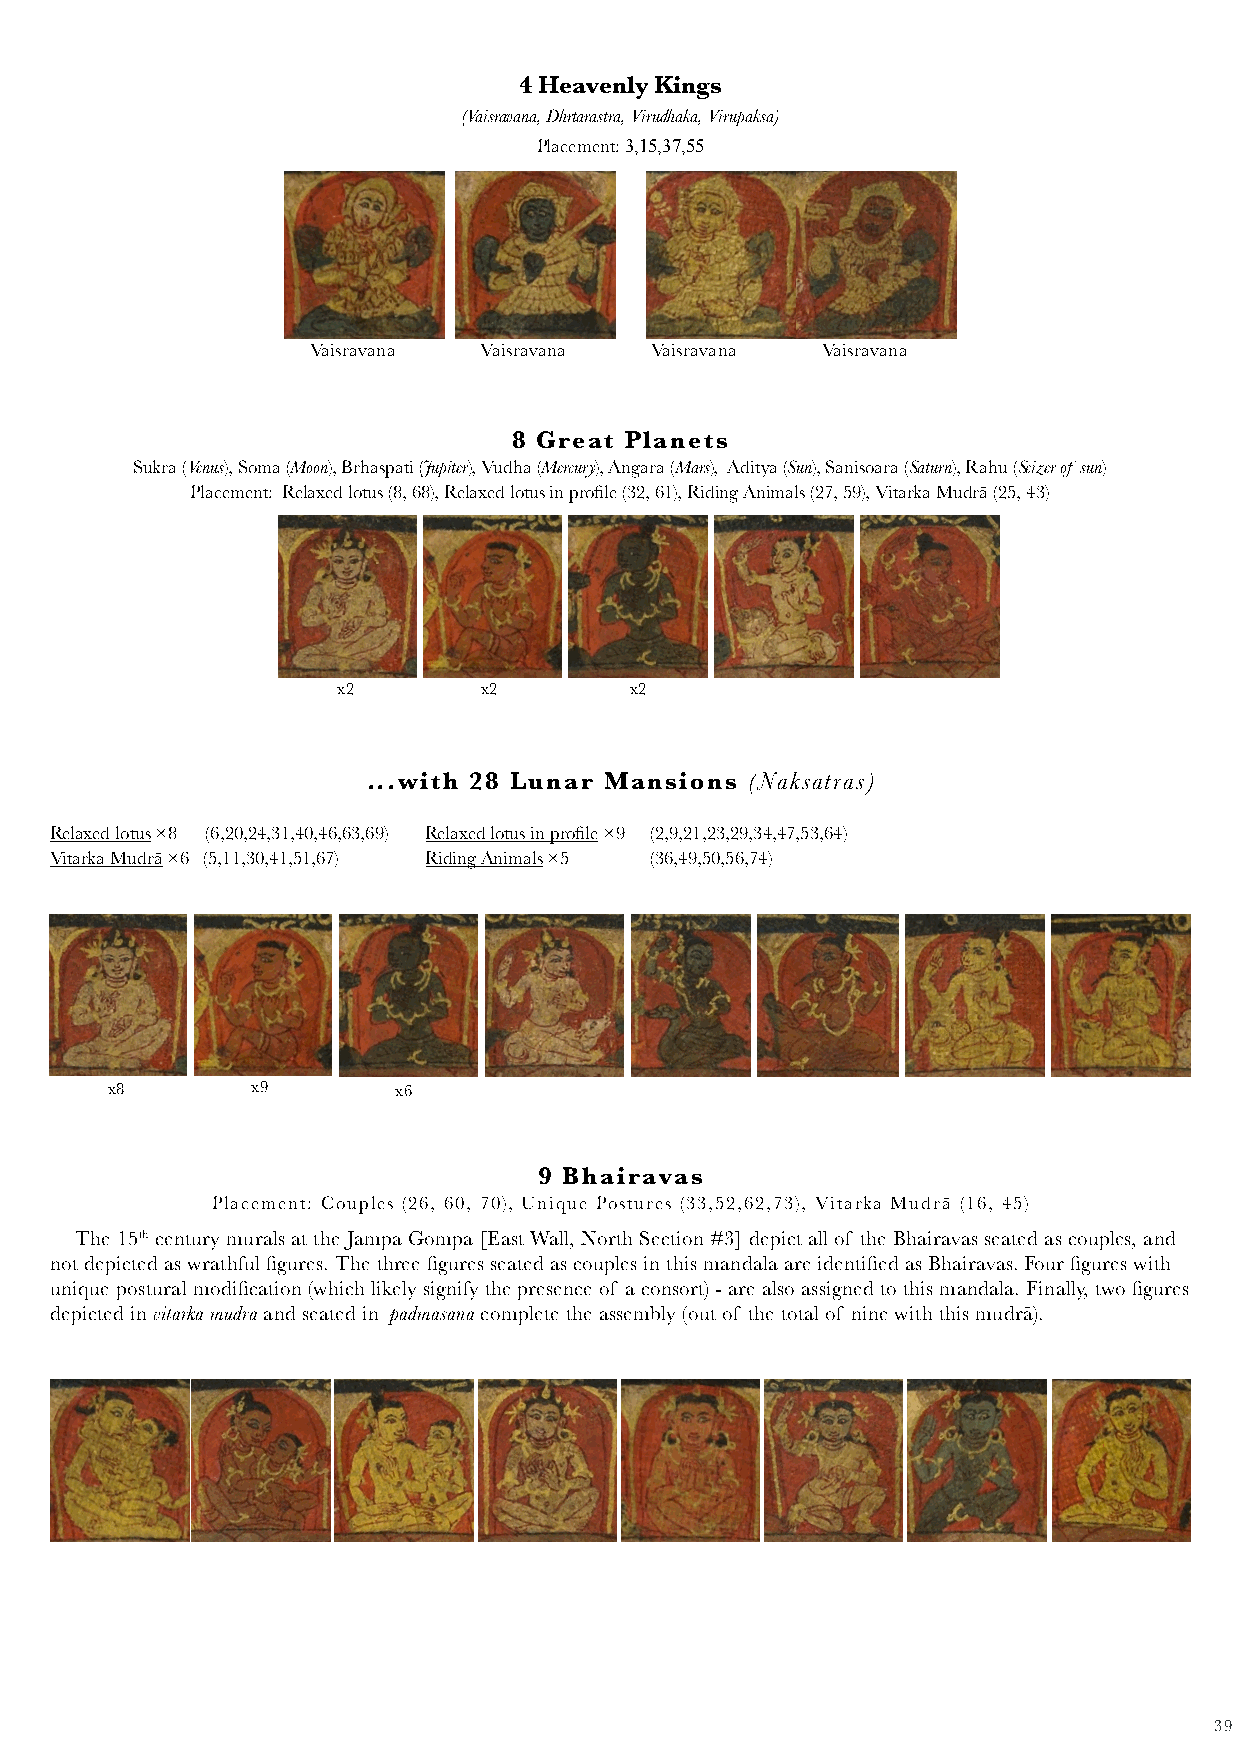
4 Heavenly Kings
 (Vaisravana, Dhrtarastra, Virudhaka, Virupaksa)
 Placement: 3,15,37,55
 Vaisravana  Vaisravana Vaisravana Vaisravana
 8 Great Planets
 Sukra (Venus), Soma (Moon), Brhaspati (Jupiter), Vudha (Mercury), Angara (Mars), Aditya (Sun), Sanisoara (Saturn), Rahu (Seizer of sun)
 Placement: Relaxed lotus (8, 68), Relaxed lotus in profile (32, 61), Riding Animals (27, 59), Vitarka Mudrā (25, 43)
 x2        x2        x2
 ...with 28 Lunar Mansions (Naksatras)
 Relaxed lotus ×8 (6,20,24,31,40,46,63,69) Relaxed lotus in profile ×9 (2,9,21,23,29,34,47,53,64)
 Vitarka Mudrā ×6 (5,11,30,41,51,67) Riding Animals ×5 (36,49,50,56,74)
 x8        x9       x6
 9 Bhairavas
 Placement: Couples (26, 60, 70), Unique Postures (33,52,62,73), Vitarka Mudrā (16, 45)
 The 15th century murals at the Jampa Gompa [East Wall, North Section #3] depict all of the Bhairavas seated as couples, and
 not depicted as wrathful figures. The three figures seated as couples in this mandala are identified as Bhairavas. Four figures with
 unique postural modification (which likely signify the presence of a consort) - are also assigned to this mandala. Finally, two figures
 depicted in vitarka mudrā and seated in padmasana complete the assembly (out of the total of nine with this mudrā).
 39